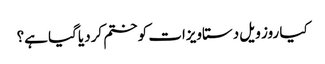
کیا روز ویل دستاویزات کو ختم کردیا گیا ہے؟